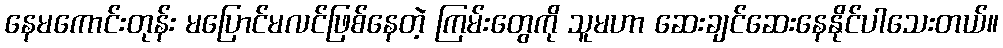
နေမကောင်းတုန်း မပြောင်မလင်ဖြစ်နေတဲ့ ကြမ်းတွေကို သူမဟာ ဆေးချင်ဆေးနေနိုင်ပါသေးတယ်။